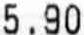
5.90